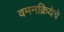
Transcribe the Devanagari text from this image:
वमनक्रियेचे